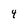
Character: 4